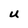
Character: U